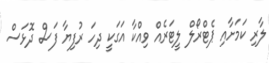
ލާރި ކަމަށާއި ޕެޓްރޯލް ލީޓަރެއް ވިއްކާ އަގަކީ ދިހަ ރުފިޔާ ފަސް ދޮޅަސް